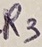
Text: R3